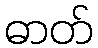
ဓာတ်